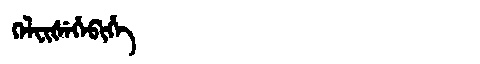
Manchu: ᡴᡝᠯᠸᡳᡧᡝᡥᡝᠪᡳᡥᡝ
Romanization: KELFIŠEHEBIHE